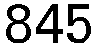
845